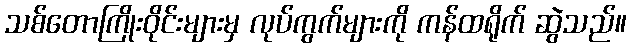
သစ်တောကြိုးဝိုင်းများမှ လုပ်ကွက်များကို ကန်ထရိုက် ဆွဲသည်။